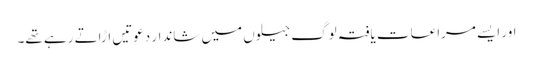
اور ایسے مراعات یافتہ لوگ جیلوں میں شاندار دعوتیں اڑاتے رہے تھے۔